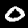
Label: 0